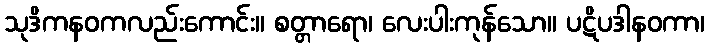
သုဒိကနဝကလည်းကောင်း။ စတ္တာရော၊ လေးပါးကုန်သော။ ပဋိပဒါနဝကာ၊